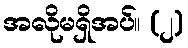
အလိုမရှိအပ်။ (၂)